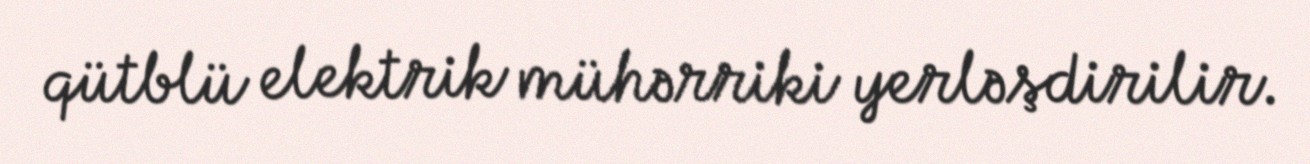
qütblü elektrik mühərriki yerləşdirilir.